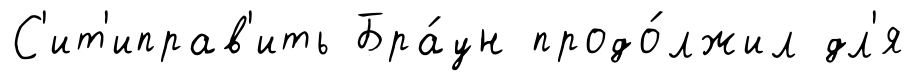
С'ит'иправ'ить Бра́ун продо́лжил дл'я